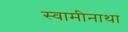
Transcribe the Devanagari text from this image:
स्वामीनाथा